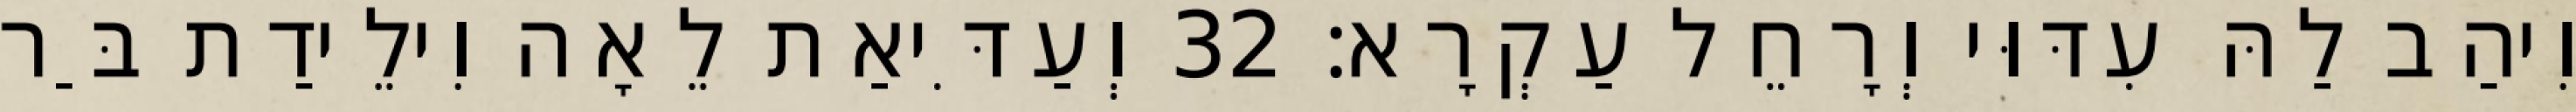
וִיהַב לַהּ עִדּוּי וְרָחֵל עַקְרָא׃ 32 וְעַדִּיאַת לֵאָה וִילֵידַת בַּר